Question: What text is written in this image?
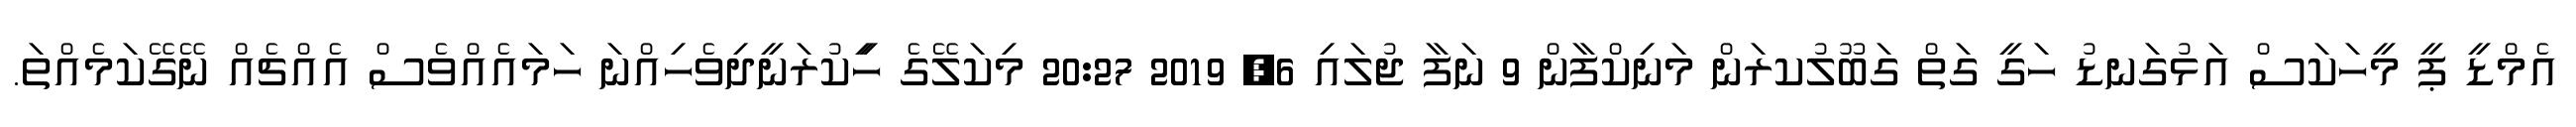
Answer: އެމްޑީ ޕީ މީހަކަސް އަޅުގަނޑު ހަގީ ގަތް ގަބޫލުކރަން މަނިކްފާން 9 ނަފާ ޖުލައި 6, 2019 20:27 މިކަލޭގެ ހީިކުރަނީދިވެހިއްނަ ހަމައެއްވެސް އެއްޗެއް ނޭގޭކަމެއްތަ.